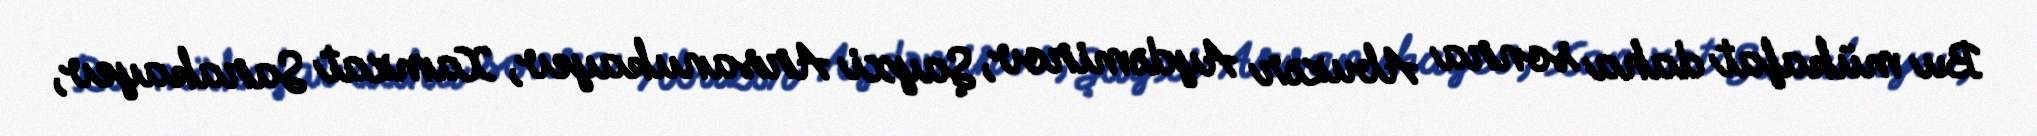
Bu mükafat daha sonra Abuzər Aydəmirov, Şayxi Arsanukayev, Xamzat Sarakayev,